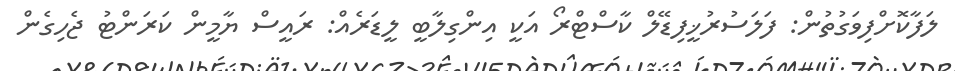
ލަފާކޮށްފިވަގުތުން: ފަލަސުރުޚީފިޑޭލް ކާސްޓްރޯ އަކީ އިންގިލާބީ ލީޑަރެއް: ރައީސް ޔާމީން ކަރަންޓު ޖެހިގެން